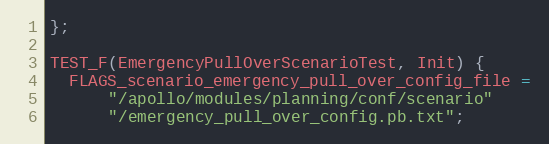
Language: C++
};

TEST_F(EmergencyPullOverScenarioTest, Init) {
  FLAGS_scenario_emergency_pull_over_config_file =
      "/apollo/modules/planning/conf/scenario"
      "/emergency_pull_over_config.pb.txt";